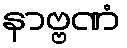
နာဗ္ဗဏံ